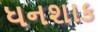
ધનશાક